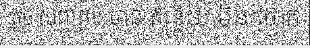
តូច សព្វគ្រប់ មាន ឥន្ទ្រិយ មិន ថោក